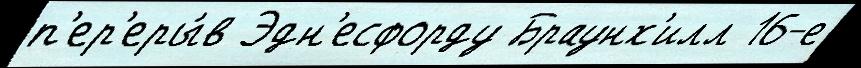
п'ер'еры́в Эдн'есфорду Браунх'илл 16-е